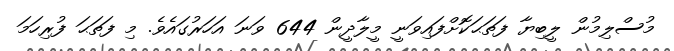
މުސްލިމުން ލީބިޔާ ފަތަޙަކޮށްފައިވަނީ މީލާދީން 644 ވަނަ އަހަރުގައެވެ. މި ފަތަޙަ ފުރިހަމަ